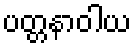
ပတ္တနာဝါယ